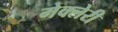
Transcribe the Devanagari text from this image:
मेक्लेरी